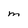
Character: m